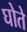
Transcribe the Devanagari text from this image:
घोते